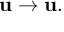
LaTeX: \mathbf { u } \rightarrow \mathbf { u } .